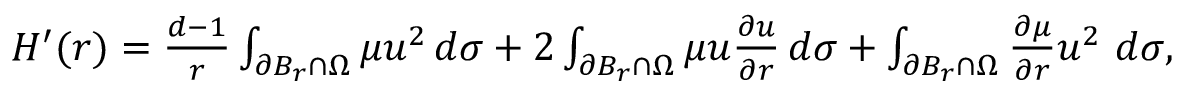
\begin{array} { r } { H ^ { \prime } ( r ) = \frac { d - 1 } { r } \int _ { \partial B _ { r } \cap \Omega } \mu u ^ { 2 } \, d \sigma + 2 \int _ { \partial B _ { r } \cap \Omega } \mu u \frac { \partial u } { \partial r } \, d \sigma + \int _ { \partial B _ { r } \cap \Omega } \frac { \partial \mu } { \partial r } u ^ { 2 } \, \, d \sigma , } \end{array}